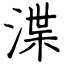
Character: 渫